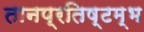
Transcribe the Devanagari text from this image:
तानप्रतिष्टम्भ